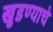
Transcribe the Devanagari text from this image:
खुडण्याचे